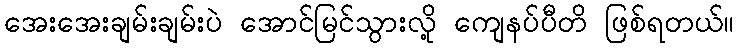
အေးအေးချမ်းချမ်းပဲ အောင်မြင်သွားလို့ ကျေနပ်ပီတိ ဖြစ်ရတယ်။